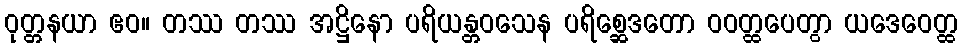
ဝုတ္တနယာ ဧဝ။ တဿ တဿ အဋ္ဌိနော ပရိယန္တဝသေန ပရိစ္ဆေဒတော ဝဝတ္ထပေတွာ ယဒေဝေတ္ထ